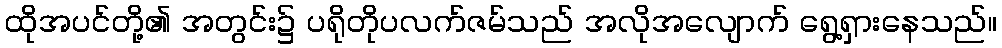
ထိုအပင်တို့၏ အတွင်း၌ ပရိုတိုပလက်ဇမ်သည် အလိုအလျောက် ရွေ့ရှားနေသည်။